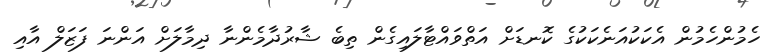
ހެމުންހެމުން އެކަކުއަނެކަކުގެ ކޮނޑަށް އަތްވައްޓާލައިގެން ތިބެ ޝާރުދާމެންނާ ދިމާލަށް އަންނަ ފަޒަލް އާއި